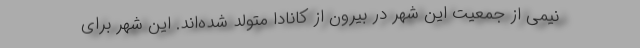
نیمی از جمعیت این شهر در بیرون از کانادا متولد شده‌اند. این شهر برای